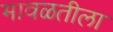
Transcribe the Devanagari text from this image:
मावळतीला